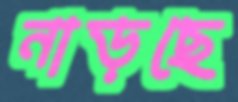
নাড়ছে